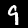
Digit: 9